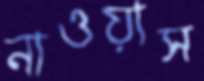
নাওয়াস